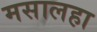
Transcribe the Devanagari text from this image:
मसालहा